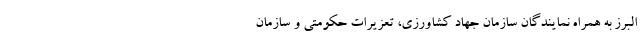
البرز به همراه نمایندگان سازمان جهاد کشاورزی، تعزیرات حکومتی و سازمان